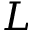
L